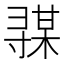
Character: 𰍦